Report of the Indian Hemp Drugs Commission, 1894-1895 - Volume VII
Year: 1894
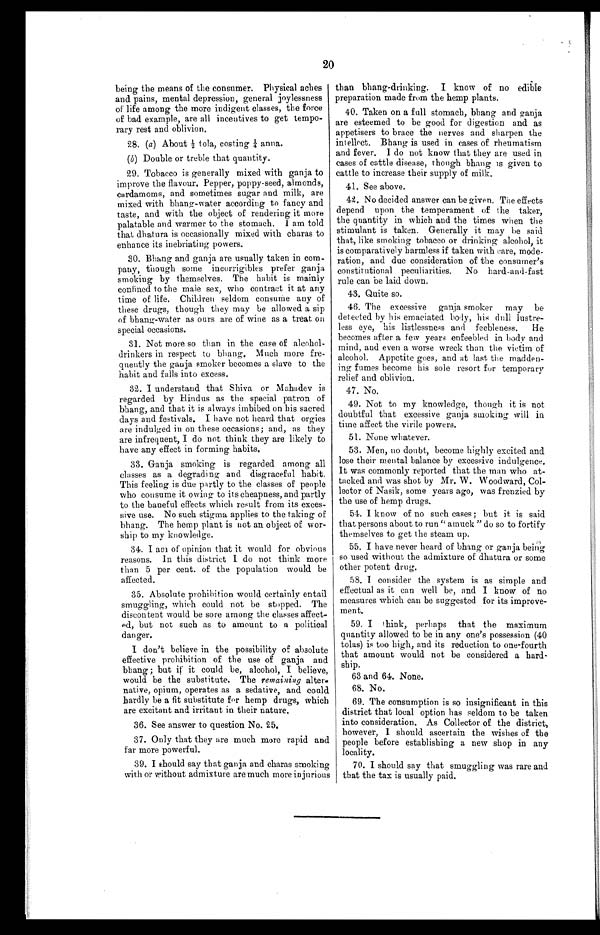
20
being the means of the consumer. Physical aches
and pains, mental depression, general joylessness
of life among the more indigent classes, the force
of bad example, are all incentives to get tempo--
rary rest and oblivion.
28. (a ) About ½ tola, costing ¼ anna.
(b) Double or treble that quantity.
29. Tobacco is generally mixed with ganja to
improve the flavour. Pepper, poppy-seed, almonds,
cardamoms, and sometimes sugar and milk, are
mixed with bhang-water according to fancy and
taste, and with the object of rendering it more
palatable and warmer to the stomach. I am told
that dhatura is occasionally mixed with charas to
enhance its inebriating powers.
30. Bhang and ganja are usually taken in com-
- p a n y , t h o u g h s o m e i n c o r r i g i b l e s p r e f e r g a n j a
smoking by themselves. The habit is mainly
confined to the male sex, who contract it at any
time of life. Children seldom consume any of
these drugs, though they may be allowed a sip
of bhang-water as ours are of wine as a treat on
special occasions.
31. Not more so than in the case of alcohol-
drinkers in respect to bluing. Much more fre-
quently the ganja smoker becomes a slave to the
habit and falls into excess.
32. I understand that Shiva or Mahadev is
regarded by Hindus as the special patron of
bhang, and that it is always imbibed on his sacred
days and festivals. I have not heard that orgies
are indulged in on these occasions; and, as they
are infrequent, I do not think they are likely to
have any effect in forming habits.
33. Ganja smoking is regarded among all
classes as a degrading and disgraceful habit.
This feeling is due partly to the classes of people
who consume it owing to its cheapness, and partly
to the baneful effects which result from its exces-
- s i v e u s e . N o s u c h s t i g m a a p p l i e s t o t h e t a k i n g o f
bhang. The hemp plant is not an object of wor--
ship to my knowledge.
34. I am of opinion that it would for obvious
reasons. In this district I do not think more
than 5 per cent. of the population would be
affected.
35. Absolute prohibition would certainly entail
smuggling, which could not be stopped. The
discontent would be sore among the classes affect--
e d , b u t n o t s u c h a s t o a m o u n t t o a p o l i t i c a l
danger.
I don't believe in the possibility of absolute
effective prohibition of the use of ganja and
bhang ; but if it could be, alcohol, I believe,
would be the substitute. The remaining alter-
native, opium, operates as a sedative, and could
hardly be a fit substitute for hemp drugs, which
are excitant and irritant in their nature.
3 6 . S e e a n s w e r t o q u e s t i o n N o . 2 5 .
37. Only that they are much more rapid and
far more powerful.
39. I should say that ganja and charas smoking
with or without admixture are much more injurious
than bhang-drinking. I know of no edible
preparation made from the hemp plants.
40. Taken on a full stomach, bhang and ganja
are esteemed to be good for digestion and as
appetisers to brace the nerves and sharpen the
intellect. Bhang is used in cases of rheumatism
and fever. I do not know that they are used in
cases of cattle disease, though bhang is given to
cattle to increase their supply of milk.
41. See above.
42. No decided answer can be given. The effects
depend upon the temperament of the taker,
the quantity in which and the times when the
stimulant is taken. Generally it may be said
that, like smoking tobacco or drinking alcohol, it
is comparatively harmless if taken with care, mode.
ration, and due consideration of the consumer's
constitutional peculiarities. No hard-and-fast
rule can be laid down.
43. Quite so.
46. The excessive ganja smoker may be
detected by his emaciated body, his dull lustre
-
less eye, his listlessness and feebleness. H
e
becomes after a few years enfeebled in body and
mind, and even a worse wreck than the victim of
alcohol. Appetite goes, and at last the madden--
ing fumes become his sole resort for temporary
relief and oblivion.
47. No.
49. Not to my knowledge, though it is not
doubtful that excessive ganja smoking will in
time affect the virile powers.
51. None whatever.
53. Men, no doubt, become highly excited and
lose their mental balance by excessive indulgence.
It was commonly reported that the man who at--
tacked and was shot by Mr. W. Woodward, Col--
lector of Nasik, some years ago, was frenzied by
the use of hemp drugs.
54. I know of no such cases ; but it is said
that persons about to run "amuck" do so to fortify
themselves to get the steam up.
55. I have never heard of bhang or ganja being
so used without the admixture of dhatura or some
other potent drug,
58. I consider the system is as simple and
effectual as it can well be, and I know of no
measures which can be suggested for its improve--
ment.
59. I think, perhaps that the maximum
quantity allowed to be in any one's possession (40
tolas) is too high, and its reduction to one-fourth
that amount would not be considered a hard--
ship.
63 and 64. None.
6 8 . N o .
69. The consumption is so insignificant in this
district that local option has seldom to be taken
into consideration. As Collector of the district,
however, I should ascertain the wishes of the
people before establishing a new shop in any
locality.
70. I should say that smuggling was rare and
that the tax is usually paid.